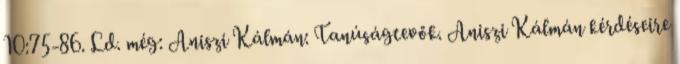
10:75-86. Ld. még: Aniszi Kálmán: Tanúságtevők. Aniszi Kálmán kérdéseire